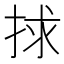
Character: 捄